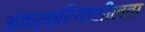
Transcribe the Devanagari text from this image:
अंतर्क्रियाशीलता